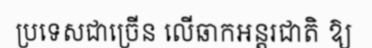
ប្រទេសជាច្រើន លើឆាកអន្តរជាតិ ឱ្យ